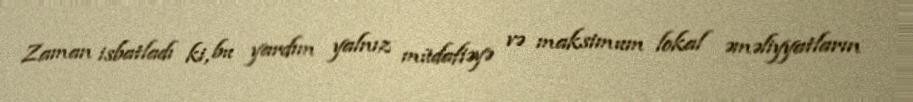
Zaman isbatladı ki, bu yardım yalnız müdafiəyə və maksimum lokal əməliyyatların